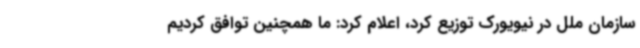
سازمان ملل در نیویورک توزیع کرد، اعلام کرد: ما همچنین توافق کردیم